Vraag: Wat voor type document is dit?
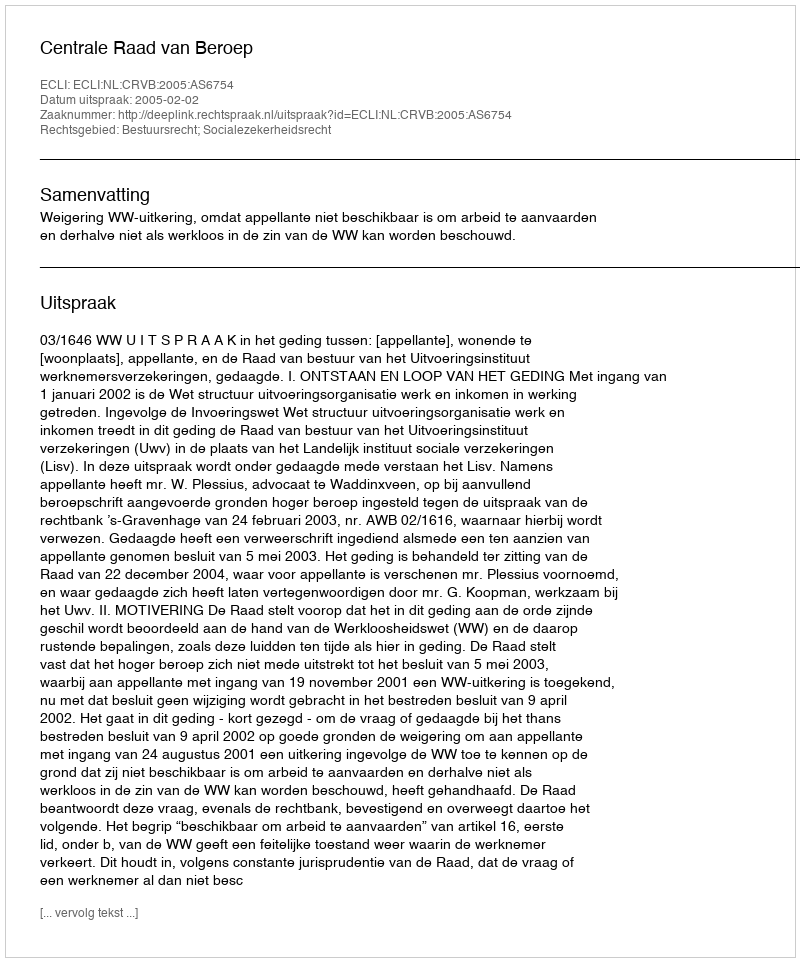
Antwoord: Uitspraak